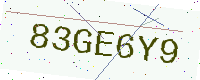
Text: 83GE6Y9